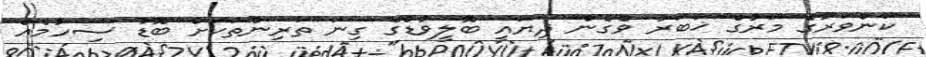
ކަންވަރުގެ މަރުގެ ޚަބަރު ވެގެން ދިޔައީ ބޮލީވުޑްގެ ގިނަ ތަރިންތަކަށް ބޮޑު ސިހުމެއް